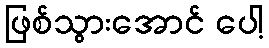
ဖြစ်သွားအောင် ပေါ့